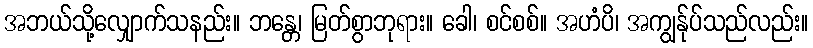
အဘယ်သို့လျှောက်သနည်း။ ဘန္တေ၊ မြတ်စွာဘုရား။ ခေါ၊ စင်စစ်။ အဟံပိ၊ အကျွန်ုပ်သည်လည်း။